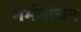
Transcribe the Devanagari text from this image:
गर्भमोचन